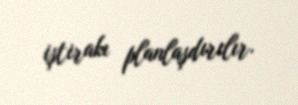
iştirakı planlaşdırılır.